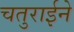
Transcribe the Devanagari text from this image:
चतुराईने